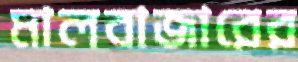
মালবাজারের